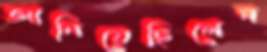
জানিয়েছিলেন